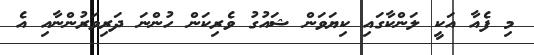
މި ފެއާ އަކީ ލަންކާގައި ކިޔަވަން ޝައުގު ވެރިކަން ހުންނަ ދަރިވަރުންނާއި އެ